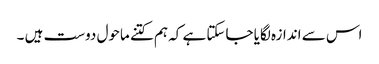
اس سے اندازہ لگایا جاسکتا ہے کہ ہم کتنے ماحول دوست ہیں ۔